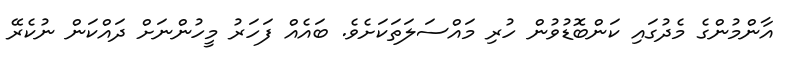
އާންމުންގެ މެެދުގައި ކަންބޮޑުވުން ހުރި މައްސަލަތަކަށެވެ. ބައެއް ފަހަރު މީހުންނަށް ދައްކަން ނުކެރޭ